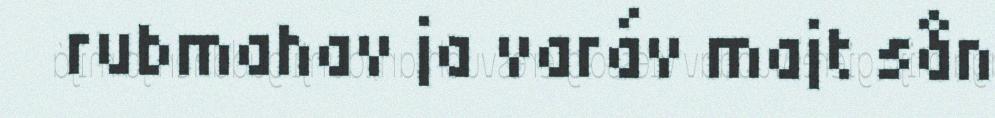
rubmahav ja varáv majt sån